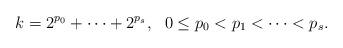
LaTeX: \begin{align*} k=2^{p_0}+\cdots+2^{p_{s}}, \ \ 0\le p_0<p_1<\cdots<p_s.\end{align*}